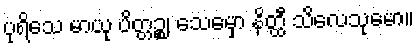
ပုရိသေ မာယု ပိတ္တဉ္စ၊ သေမှော နိတ္ထီ သိလေသုမော။